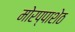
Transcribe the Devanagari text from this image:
मोरप्पाशेठ